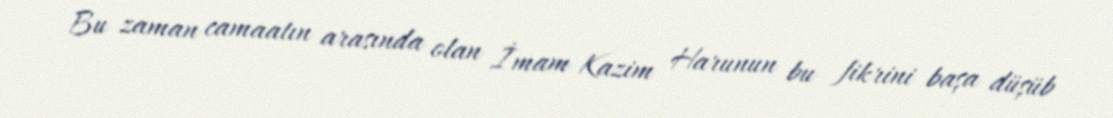
Bu zaman camaatın arasında olan İmam Kazim Harunun bu fikrini başa düşüb